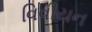
વિવીયન